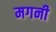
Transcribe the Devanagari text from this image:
मगनी